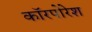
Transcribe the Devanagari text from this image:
कॉरपोरेश